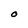
Character: O